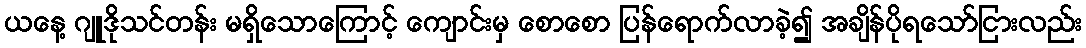
ယနေ့ ဂျူဒိုသင်တန်း မရှိသောကြောင့် ကျောင်းမှ စောစော ပြန်ရောက်လာခဲ့၍ အချိန်ပိုရသော်ငြားလည်း